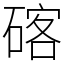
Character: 碦